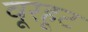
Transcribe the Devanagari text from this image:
वूरहूट